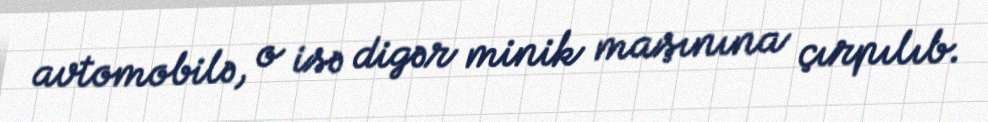
avtomobilə, o isə digər minik maşınına çırpılıb.